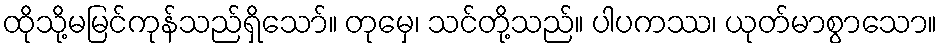
ထိုသို့မမြင်ကုန်သည်ရှိသော်။ တုမှေ၊ သင်တို့သည်။ ပါပကဿ၊ ယုတ်မာစွာသော။